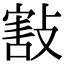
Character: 㪡